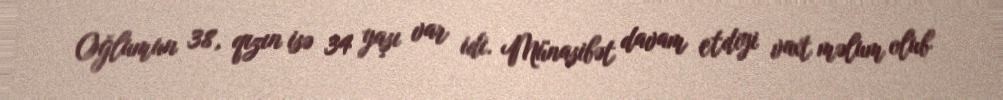
Oğlumun 38, qızın isə 34 yaşı var idi. Münasibət davam etdiyi vaxt məlum olub